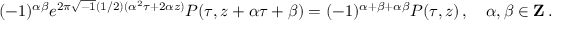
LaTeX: ( - 1 ) ^ { \alpha \beta } e ^ { 2 \pi \sqrt { - 1 } ( 1 / 2 ) ( \alpha ^ { 2 } \tau + 2 \alpha z ) } P ( \tau , z + \alpha \tau + \beta ) = ( - 1 ) ^ { \alpha + \beta + \alpha \beta } P ( \tau , z ) \, , \quad \alpha , \beta \in { \bf Z } \, .